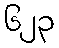
၆၂၃